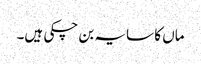
ماں کا سایہ بن چکی ہیں۔